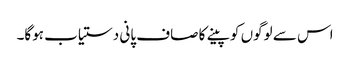
اس سے لوگوں کو پینے کا صاف پانی دستیاب ہوگا۔